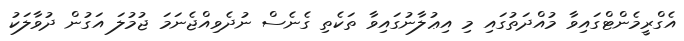
އެގްރީމެންޓްގައިވާ މުއްދަތުގައި މި އިޢުލާނުގައިވާ ތަކެތި ގެނެސް ނުދެވިއްޖެނަމަ ޖުމުލަ އަގުން ދުވާލަކު